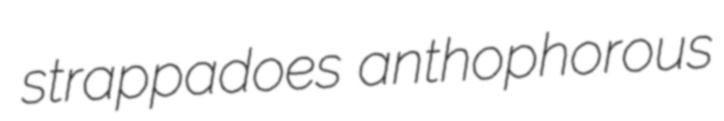
strappadoes anthophorous